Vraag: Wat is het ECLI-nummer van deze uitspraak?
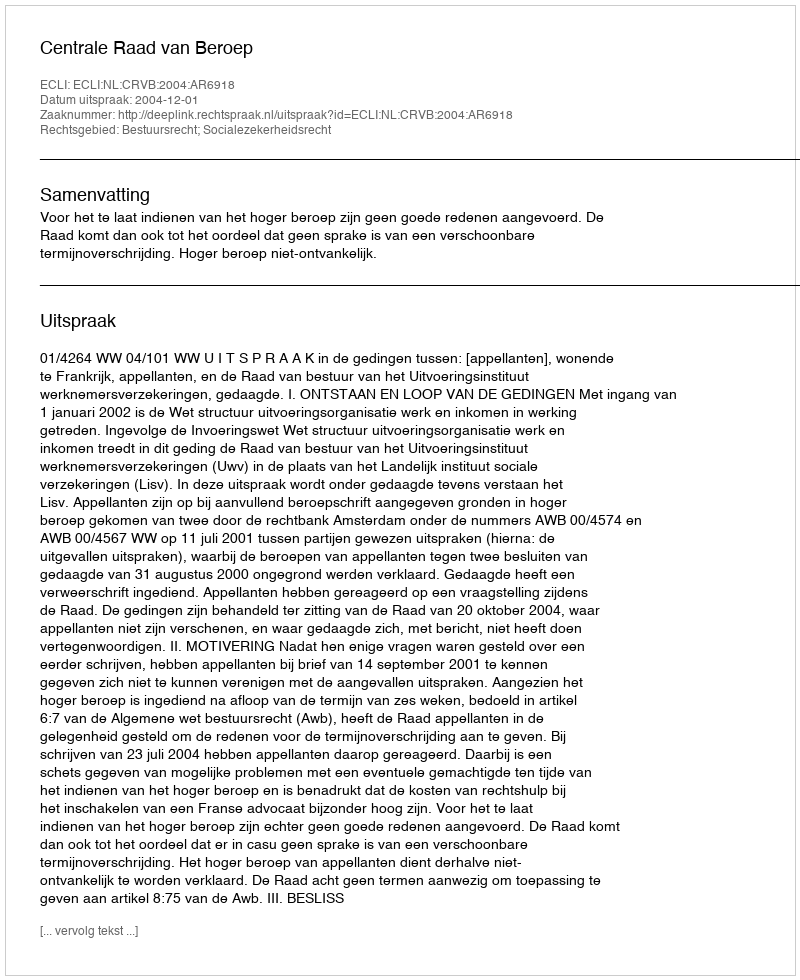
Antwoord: ECLI:NL:CRVB:2004:AR6918